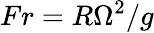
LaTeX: Fr=R\Omega^{2}/g